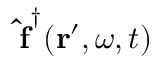
\mathbf { \, \hat { f } } ^ { \dagger } ( \mathbf { r } ^ { \prime } , \omega , t )